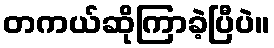
တကယ်ဆိုကြာခဲ့ပြီပဲ။